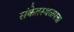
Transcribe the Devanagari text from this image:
संकेतस्थळपत्ता